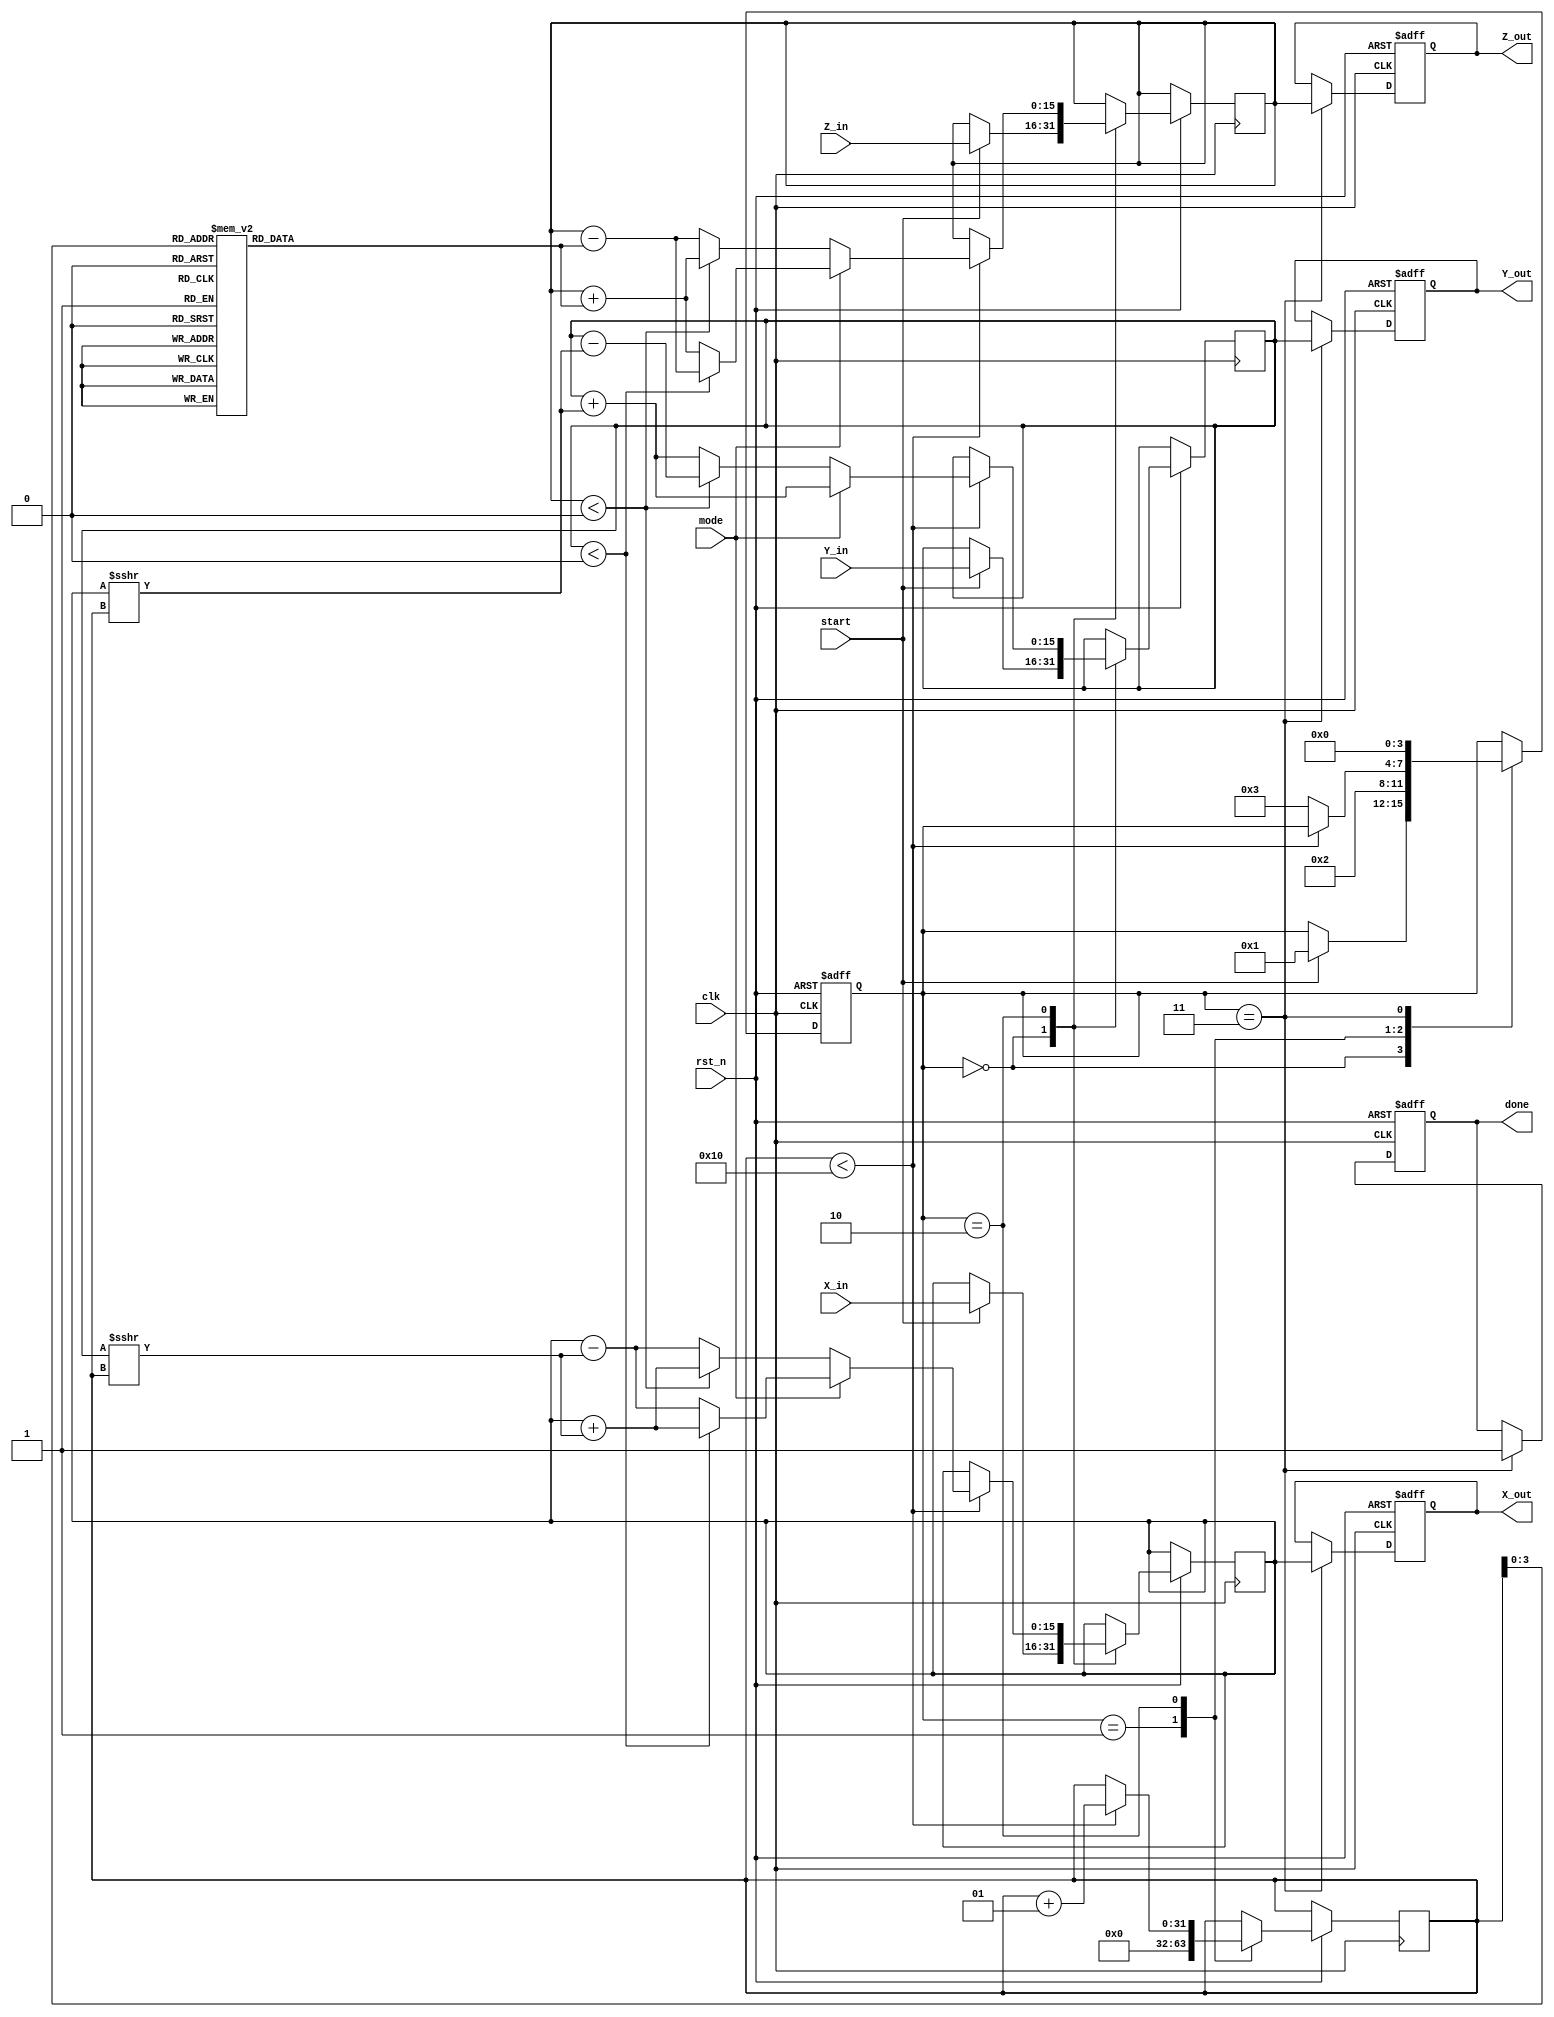
module modified_cordic #(
    parameter WIDTH = 16,             // Bit-width for inputs and outputs
    parameter ITERATIONS = 16         // Number of iterations for precision
)(
    input wire clk,
    input wire rst_n,
    input wire start,
    input wire mode,                  // 0: Rotation, 1: Vectoring
    input wire signed [WIDTH-1:0] X_in,
    input wire signed [WIDTH-1:0] Y_in,
    input wire signed [WIDTH-1:0] Z_in, // Angle in radians (for rotation mode)
    output reg signed [WIDTH-1:0] X_out,
    output reg signed [WIDTH-1:0] Y_out,
    output reg signed [WIDTH-1:0] Z_out, // Angle (for vectoring mode)
    output reg done
);

// CORDIC angle lookup table (atan(2^-i) in fixed-point representation)
reg signed [WIDTH-1:0] atan_table [0:ITERATIONS-1];
initial begin
    // Initialize atan_table with precomputed values
    atan_table[0] = 16'h2000; // atan(1) = 0.7854 (in fixed-point)
    atan_table[1] = 16'h12E4; // atan(0.5) = 0.4636
    atan_table[2] = 16'h09FB; // atan(0.25) = 0.2449
    // Fill in the rest based on the required precision...
end

// State machine for control
reg [3:0] state;
localparam IDLE = 4'b0000,
           START = 4'b0001,
           CALC = 4'b0010,
           DONE = 4'b0011;

reg signed [WIDTH-1:0] X, Y, Z;
integer i;

always @(posedge clk or negedge rst_n) begin
    if (!rst_n) begin
        state <= IDLE;
        done <= 0;
        X_out <= 0;
        Y_out <= 0;
        Z_out <= 0;
    end else begin
        case (state)
            IDLE: begin
                if (start) begin
                    X <= X_in;
                    Y <= Y_in;
                    Z <= Z_in;
                    state <= START;
                end
            end
            START: begin
                i <= 0;
                state <= CALC;
            end
            CALC: begin
                if (i < ITERATIONS) begin
                    if (mode == 0) begin // Rotation Mode
                        if (Z < 0) begin
                            X <= X + (Y >>> i);
                            Y <= Y - (X >>> i);
                            Z <= Z + atan_table[i];
                        end else begin
                            X <= X - (Y >>> i);
                            Y <= Y + (X >>> i);
                            Z <= Z - atan_table[i];
                        end
                    end else begin // Vectoring Mode
                        if (Y < 0) begin
                            X <= X + (Y >>> i);
                            Y <= Y + (X >>> i);
                            Z <= Z - atan_table[i];
                        end else begin
                            X <= X - (Y >>> i);
                            Y <= Y + (X >>> i);
                            Z <= Z + atan_table[i];
                        end
                    end
                    i <= i + 1;
                end else begin
                    state <= DONE;
                end
            end
            DONE: begin
                done <= 1;
                X_out <= X;
                Y_out <= Y;
                Z_out <= Z;
                state <= IDLE; // Go back to IDLE
            end
        endcase
    end
end

endmodule